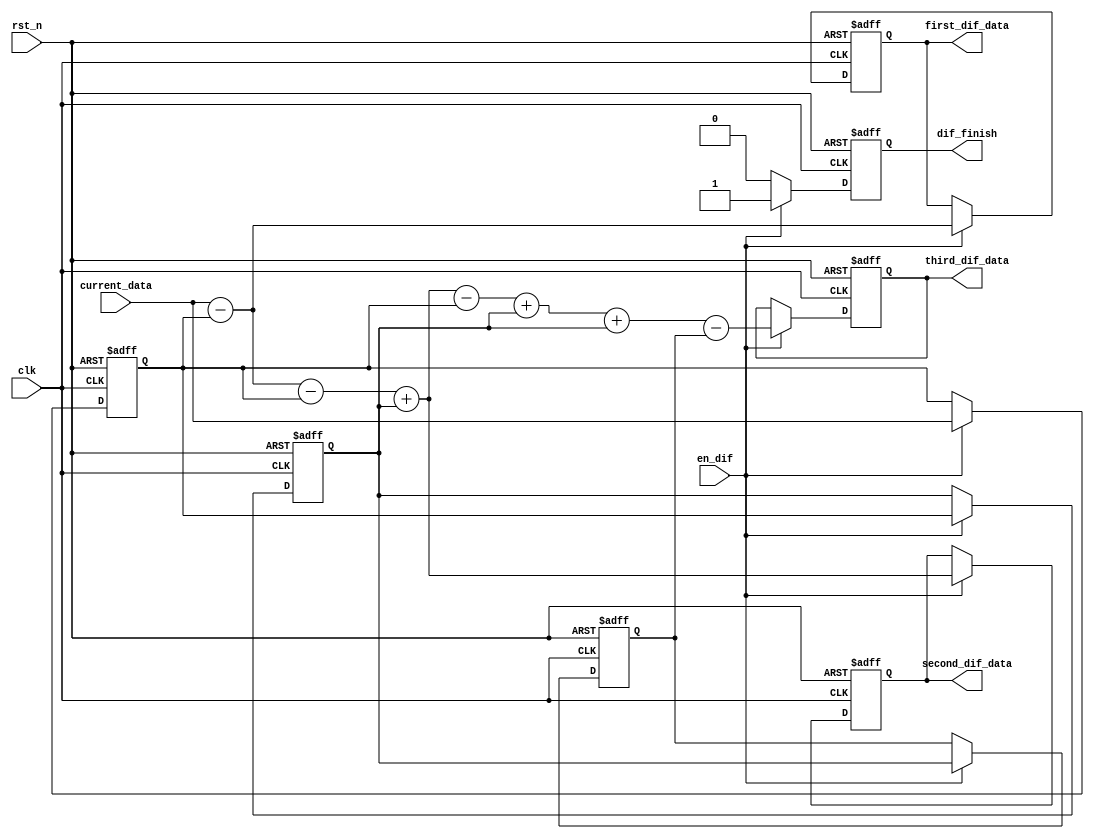
module dif(
    input                       clk,
	input                       rst_n,              //
	input                       en_dif,             //
	input signed [12:0]         current_data,       //
    
    output reg signed [12:0]    first_dif_data,     //
    output reg signed [12:0]    second_dif_data,    //
	output reg signed [12:0]    third_dif_data,     //
    
	output reg                  dif_finish    //
);

reg signed [12:0] last_one_data;    //
reg signed [12:0] last_two_data;    //
reg signed [12:0] last_three_data;  //

//4
always @(posedge clk or negedge rst_n) begin
    if(!rst_n) begin
        first_dif_data      <= 13'd0;
        second_dif_data     <= 13'd0;
        third_dif_data      <= 13'd0;
        last_one_data       <= 13'd0;
        last_two_data       <= 13'd0;
        last_three_data     <= 13'd0;
        dif_finish          <= 1'b0;
    end
    else if (en_dif) begin
        first_dif_data      <= current_data-last_one_data;
        second_dif_data     <= current_data-last_one_data-last_one_data+last_two_data;
        third_dif_data      <= current_data-last_one_data-last_one_data+last_two_data-last_one_data+last_two_data+last_two_data-last_three_data;
        last_three_data     <= last_two_data;
        last_two_data       <= last_one_data;
        last_one_data       <= current_data;
        dif_finish          <= 1'b1;
    end
    else
        dif_finish          <= 1'b0;
end
endmodule